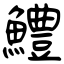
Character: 鱧